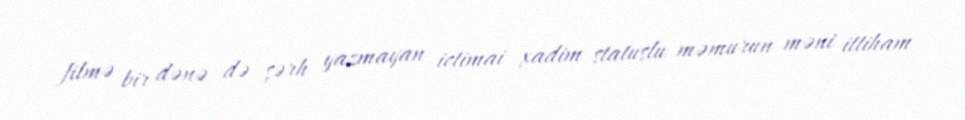
filmə bir dənə də şərh yazmayan ictimai xadim statuslu məmurun məni ittiham